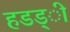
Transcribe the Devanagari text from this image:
हडड्ी